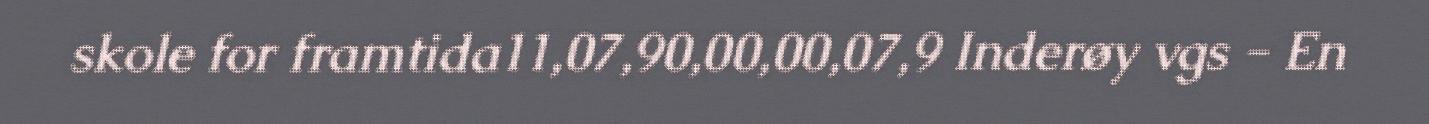
skole for framtida11,07,90,00,00,07,9 Inderøy vgs - En